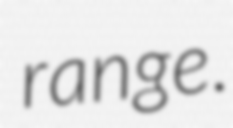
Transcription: range.